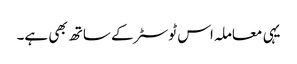
یہی معاملہ اس ٹوسٹر کے ساتھ بھی ہے۔